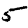
Digit: 5